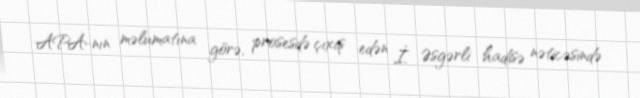
APA-nın məlumatına görə, prosesdə çıxış edən İ. Əsgərli hadisə nəticəsində